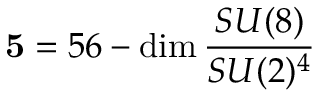
{ \bf 5 } = 5 6 - \mathrm { d i m } \, \frac { S U ( 8 ) } { S U ( 2 ) ^ { 4 } }